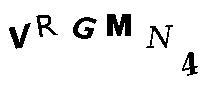
VRGMN4